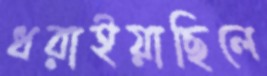
ধরাইয়াছিলে